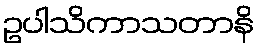
ဥပါသိကာသတာနိ